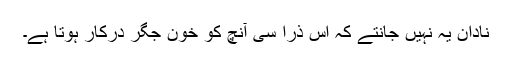
نادان یہ نہیں جانتے کہ اس ذرا سی آنچ کو خون جگر درکار ہوتا ہے۔